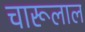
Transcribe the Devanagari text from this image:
चारूलाल